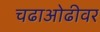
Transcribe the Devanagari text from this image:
चढाओढीवर